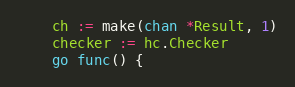
Language: Go
	ch := make(chan *Result, 1)
	checker := hc.Checker
	go func() {